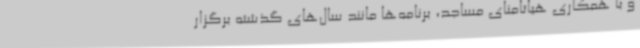
و با همکاری هیاتامنای مساجد، برنامه‌ها مانند سال‌های گذشته برگزار